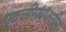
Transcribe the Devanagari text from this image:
गुरुजींसंबंधातील